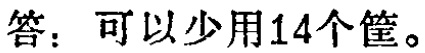
答：可以少用14个筐。